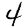
Digit: 4